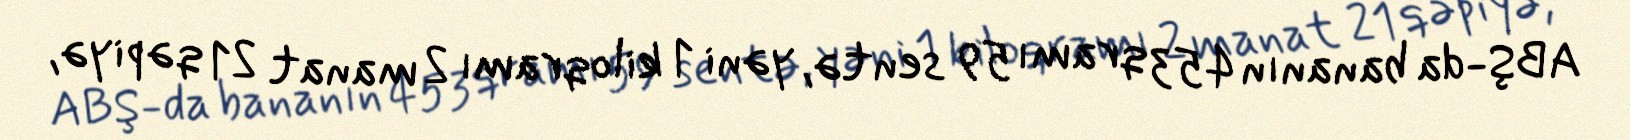
ABŞ-da bananın 453 qramı 59 sentə, yəni 1 kiloqramı 2 manat 21 qəpiyə,